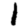
Digit: 1